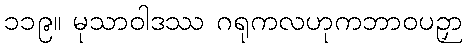
၁၁၉။ မုသာဝါဒဿ ဂရုကလဟုကဘာဝပဉှာ